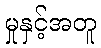
မှုနှင့်အတူ